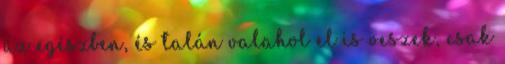
az egészben, és talán valahol el is veszek, csak